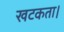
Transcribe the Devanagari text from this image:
खटकता।